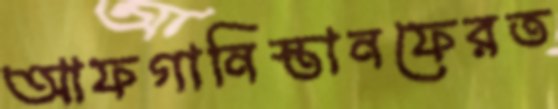
আফগানিস্তানফেরত